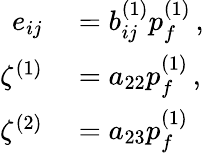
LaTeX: \begin{array}{rl}{e_{ij}}&{{}=b_{ij}^{(1)}p_{f}^{(1)}\, ,}\\ {\zeta^{(1)}}&{{}=a_{22}p_{f}^{(1)}\, ,}\\ {\zeta^{(2)}}&{{}=a_{23}p_{f}^{(1)}\, }\end{array}